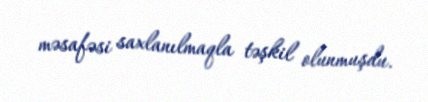
məsafəsi saxlanılmaqla təşkil olunmuşdu.